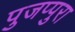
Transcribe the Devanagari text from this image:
पुजप्पुरा